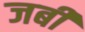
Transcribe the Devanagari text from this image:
जबीं